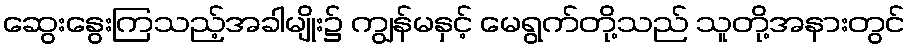
ဆွေးနွေးကြသည့်အခါမျိုး၌ ကျွန်မနှင့် မေရွက်တို့သည် သူတို့အနားတွင်